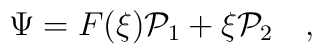
\Psi=F(\xi){\cal P}_1+\xi{\cal P}_2\ \ \ ,